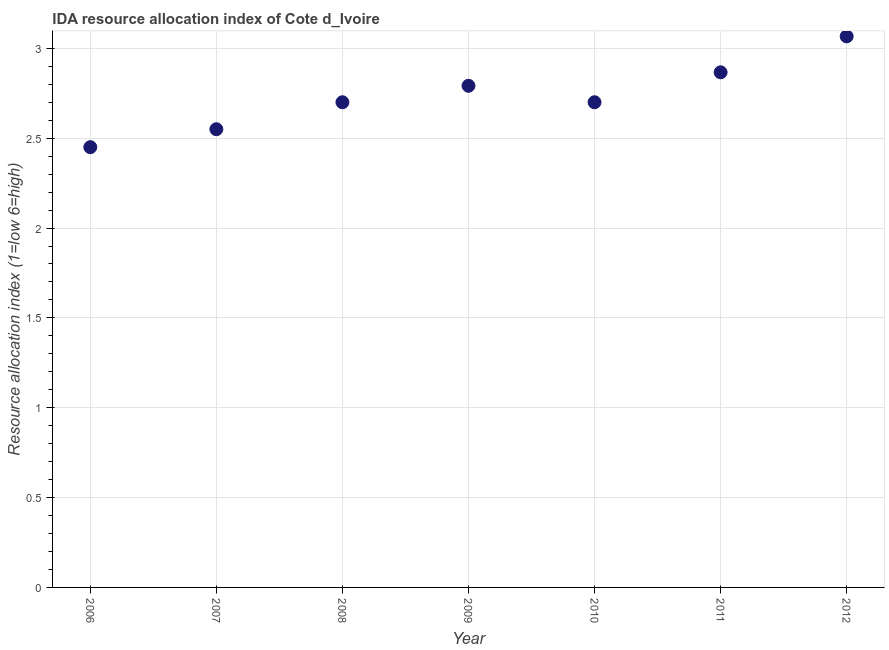
| Year | IDA resource allocation index |
 | --- | --- |
 | 2006 | 2.45 |
 | 2007 | 2.55 |
 | 2008 | 2.7 |
 | 2009 | 2.79 |
 | 2010 | 2.7 |
 | 2011 | 2.87 |
 | 2012 | 3.07 |